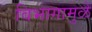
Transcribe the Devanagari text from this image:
विभागामुळे